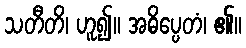
သတီတိ၊ ဟူ၍။ အဓိပ္ပေတံ၊ ၏။